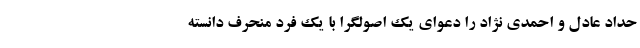
حداد عادل و احمدی نژاد را دعوای یک اصولگرا با یک فرد منحرف دانسته